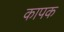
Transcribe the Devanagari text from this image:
कापक